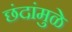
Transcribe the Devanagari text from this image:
छंदांमुळे